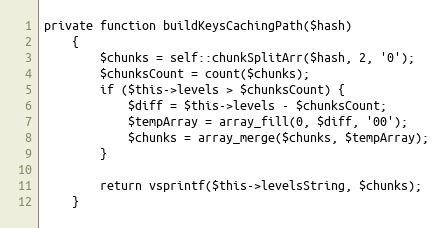
Language: PHP
private function buildKeysCachingPath($hash)
    {
        $chunks = self::chunkSplitArr($hash, 2, '0');
        $chunksCount = count($chunks);
        if ($this->levels > $chunksCount) {
            $diff = $this->levels - $chunksCount;
            $tempArray = array_fill(0, $diff, '00');
            $chunks = array_merge($chunks, $tempArray);
        }

        return vsprintf($this->levelsString, $chunks);
    }